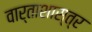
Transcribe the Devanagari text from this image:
वार्ताशास्त्र